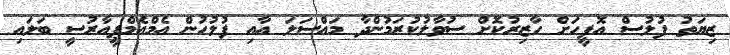
ޒިޔަތު ފުލުސް އޮފީހަށް ހާޒިރުކޮށް ސުވާލުކުރަމުންދާ މައްސަލަ އާއި ފުލުހުން އެމްއެމްޕީއާރުސީ ބަލައި